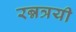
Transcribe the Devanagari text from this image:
रन्नत्रयी